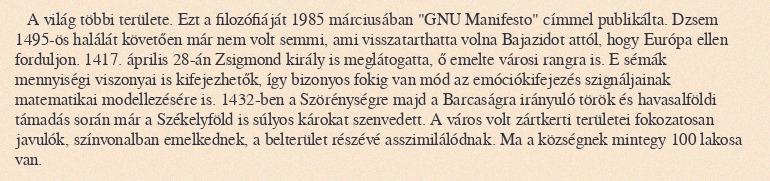
A világ többi területe. Ezt a filozófiáját 1985 márciusában "GNU Manifesto" címmel publikálta. Dzsem 1495-ös halálát követően már nem volt semmi, ami visszatarthatta volna Bajazidot attól, hogy Európa ellen forduljon. 1417. április 28-án Zsigmond király is meglátogatta, ő emelte városi rangra is. E sémák mennyiségi viszonyai is kifejezhetők, így bizonyos fokig van mód az emóciókifejezés szignáljainak matematikai modellezésére is. 1432-ben a Szörénységre majd a Barcaságra irányuló török és havasalföldi támadás során már a Székelyföld is súlyos károkat szenvedett. A város volt zártkerti területei fokozatosan javulók, színvonalban emelkednek, a belterület részévé asszimilálódnak. Ma a községnek mintegy 100 lakosa van.